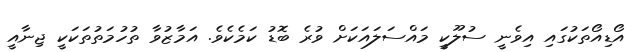
އޯޑިއޯތަކުގައި އިވެނީ ސުލޫކީ މައްސަލައަކަށް ވުރެ ބޮޑު ކަމެކެވެ. އަމާޒުވާ ތުހުމަތުތަކަކީ ޖިނާއީ